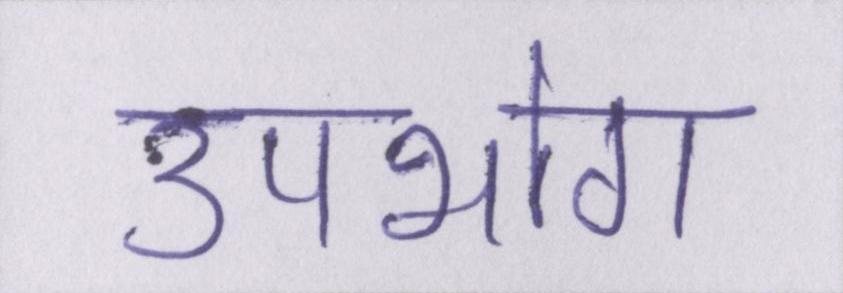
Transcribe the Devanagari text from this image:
उपभोग